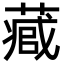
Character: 𮐻